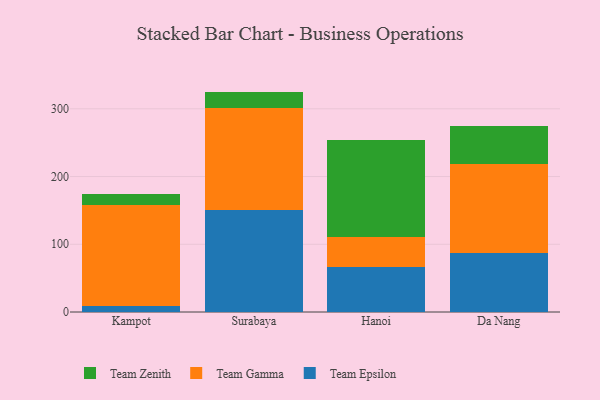
{"axis": {"x": "City", "y": "Demand Index"}, "legend": ["Team Epsilon", "Team Gamma", "Team Zenith"], "data": [{"x": "Kampot", "y": 9.4, "type": "Team Epsilon"}, {"x": "Kampot", "y": 148.1, "type": "Team Gamma"}, {"x": "Kampot", "y": 16.4, "type": "Team Zenith"}, {"x": "Surabaya", "y": 150.3, "type": "Team Epsilon"}, {"x": "Surabaya", "y": 150.9, "type": "Team Gamma"}, {"x": "Surabaya", "y": 24.2, "type": "Team Zenith"}, {"x": "Hanoi", "y": 66.6, "type": "Team Epsilon"}, {"x": "Hanoi", "y": 43.5, "type": "Team Gamma"}, {"x": "Hanoi", "y": 143.5, "type": "Team Zenith"}, {"x": "Da Nang", "y": 87.6, "type": "Team Epsilon"}, {"x": "Da Nang", "y": 131.3, "type": "Team Gamma"}, {"x": "Da Nang", "y": 55.4, "type": "Team Zenith"}]}